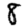
Digit: 8